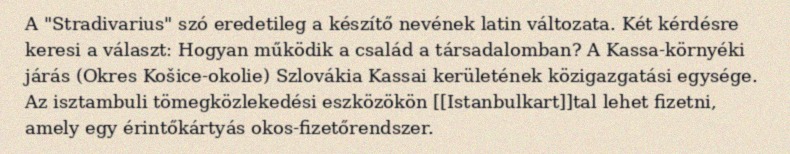
A "Stradivarius" szó eredetileg a készítő nevének latin változata. Két kérdésre keresi a választ: Hogyan működik a család a társadalomban? A Kassa-környéki járás (Okres Košice-okolie) Szlovákia Kassai kerületének közigazgatási egysége. Az isztambuli tömegközlekedési eszközökön [[Istanbulkart]]tal lehet fizetni, amely egy érintőkártyás okos-fizetőrendszer.